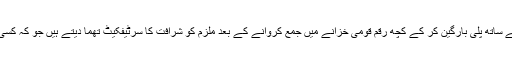
قومی احتساب بیورو ملزمان کے ساتھ پلی بارگین کر کے کچھ رقم قومی خزانے میں جمع کروانے کے بعد ملزم کو شرافت کا سرٹیفکیٹ تھما دیتے ہیں جو کہ کسی طور پر بھی مناسب نہیں ہے۔